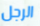
الرجل